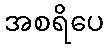
အစရိပေ